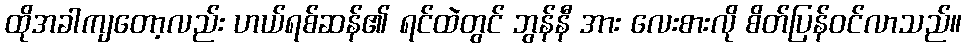
ထိုအခါကျတော့လည်း ဟယ်ရစ်ဆန်၏ ရင်ထဲတွင် ဘွန်နီ အား လေးစားလို စိတ်ပြန်ဝင်လာသည်။